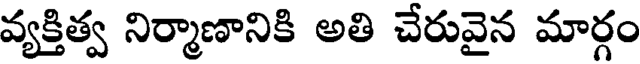
వ్యక్తిత్వ నిర్మాణానికి అతి చేరువైన మార్గం